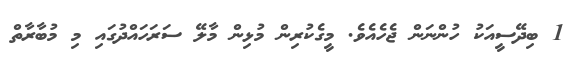
1 ބިދޭސީއަކު ހުންނަން ޖެހެއެވެ. މީގެކުރިން މުޅިން މާލޭ ސަރަހައްދުގައި މި މުބާރާތް